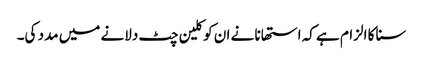
سنا کا الزام ہے کہ استھانا نے ان کو کلین چٹ دلانے میں مدد کی۔